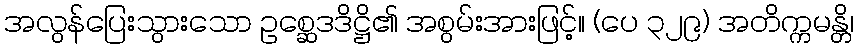
အလွန်ပြေးသွားသော ဥစ္ဆေဒဒိဋ္ဌိ၏ အစွမ်းအားဖြင့်။ (ပေ ၃၂၉) အတိက္ကမန္တိ၊